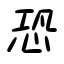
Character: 恐